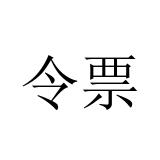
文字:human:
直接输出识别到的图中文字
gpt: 令票